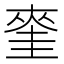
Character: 𭑝